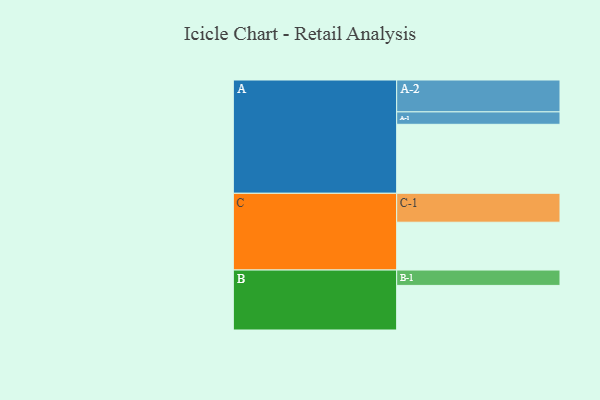
{"axis": {"x": "Segment", "y": "Value"}, "legend": ["", "A", "B", "C"], "data": [{"x": "A", "y": 489, "type": ""}, {"x": "B", "y": 316, "type": ""}, {"x": "C", "y": 339, "type": ""}, {"x": "A-1", "y": 88, "type": "A"}, {"x": "A-2", "y": 226, "type": "A"}, {"x": "B-1", "y": 109, "type": "B"}, {"x": "C-1", "y": 205, "type": "C"}]}